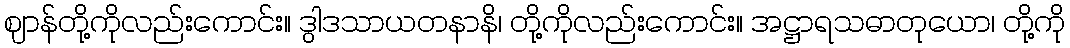
ဈာန်တို့ကိုလည်းကောင်း။ ဒွါဒသာယတနာနိ၊ တို့ကိုလည်းကောင်း။ အဋ္ဌာရသဓာတုယော၊ တို့ကို